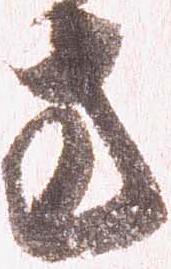
方